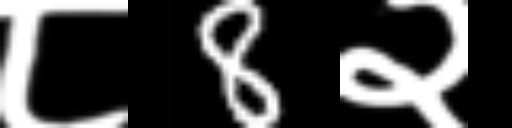
Text: ८8२